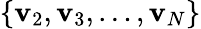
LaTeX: \{ \mathbf{v}_{2},\mathbf{v}_{3},\dots,\mathbf{v}_{N}\}